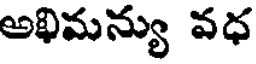
అఖిమన్యు వధ